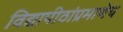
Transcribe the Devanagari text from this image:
विद्यापीठांप्रमाणेच